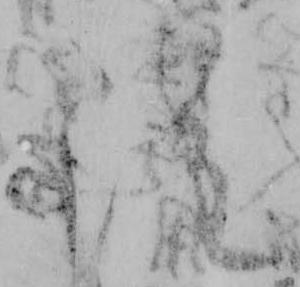
雖